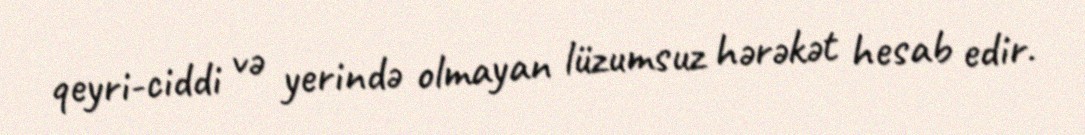
qeyri-ciddi və yerində olmayan lüzumsuz hərəkət hesab edir.